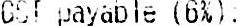
GST PAYABLE (6%):